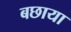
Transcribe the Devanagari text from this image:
बछाया